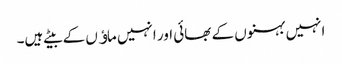
انہیں بہنوں کے بھائی اور انہیں ماﺅں کے بیٹے ہیں۔